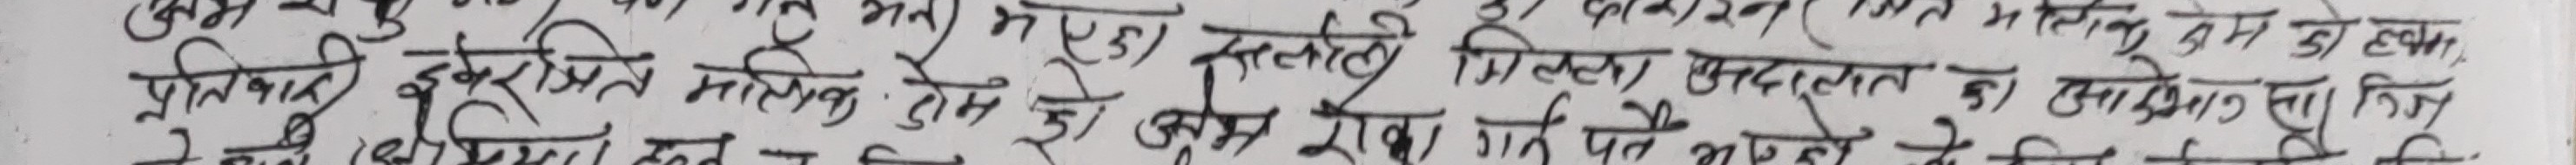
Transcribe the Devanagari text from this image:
प्रतिवाद इकरारेति मालिक होस हे झन् पहिले मिलेका प्रदालत को अभिलेख लाग्न छ